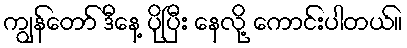
ကျွန်တော် ဒီနေ့ ပိုပြီး နေလို့ ကောင်းပါတယ်။